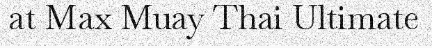
at Max Muay Thai Ultimate